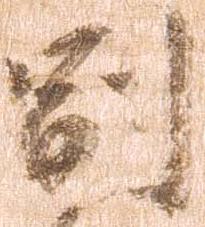
副